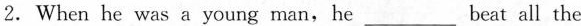
2.When he was a young man,he___ beat all the